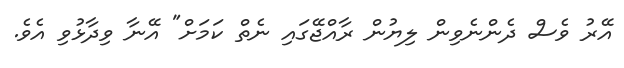
އޭރު ވެސް ދެންނެވިން ލިޔުން ރާއްޖޭގައި ނެތް ކަމަށް" އޭނާ ވިދާޅުވި އެވެ.